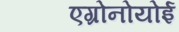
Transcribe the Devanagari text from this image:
एग्रोनोयोई